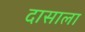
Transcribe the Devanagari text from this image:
दासाला